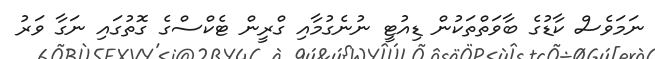
ނަމަވެސް ކާޑުގެ ބާވަތްތަކުން ޑިއުޓީ ނުނެގުމާއި ގްރީން ޓެކްސްގެ ގޮތުގައި ނަގާ ވަރު